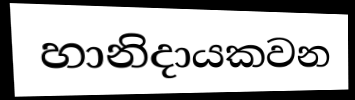
හානිදායකවන